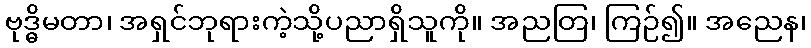
ဗုဒ္ဓိမတာ၊ အရှင်ဘုရားကဲ့သို့ပညာရှိသူကို။ အညတြ၊ ကြဉ်၍။ အညေန၊